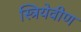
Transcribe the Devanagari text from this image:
स्त्रियेवीण